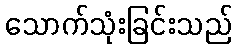
သောက်သုံးခြင်းသည်